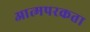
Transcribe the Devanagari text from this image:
आत्मपरकता